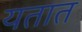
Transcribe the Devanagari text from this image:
यतात